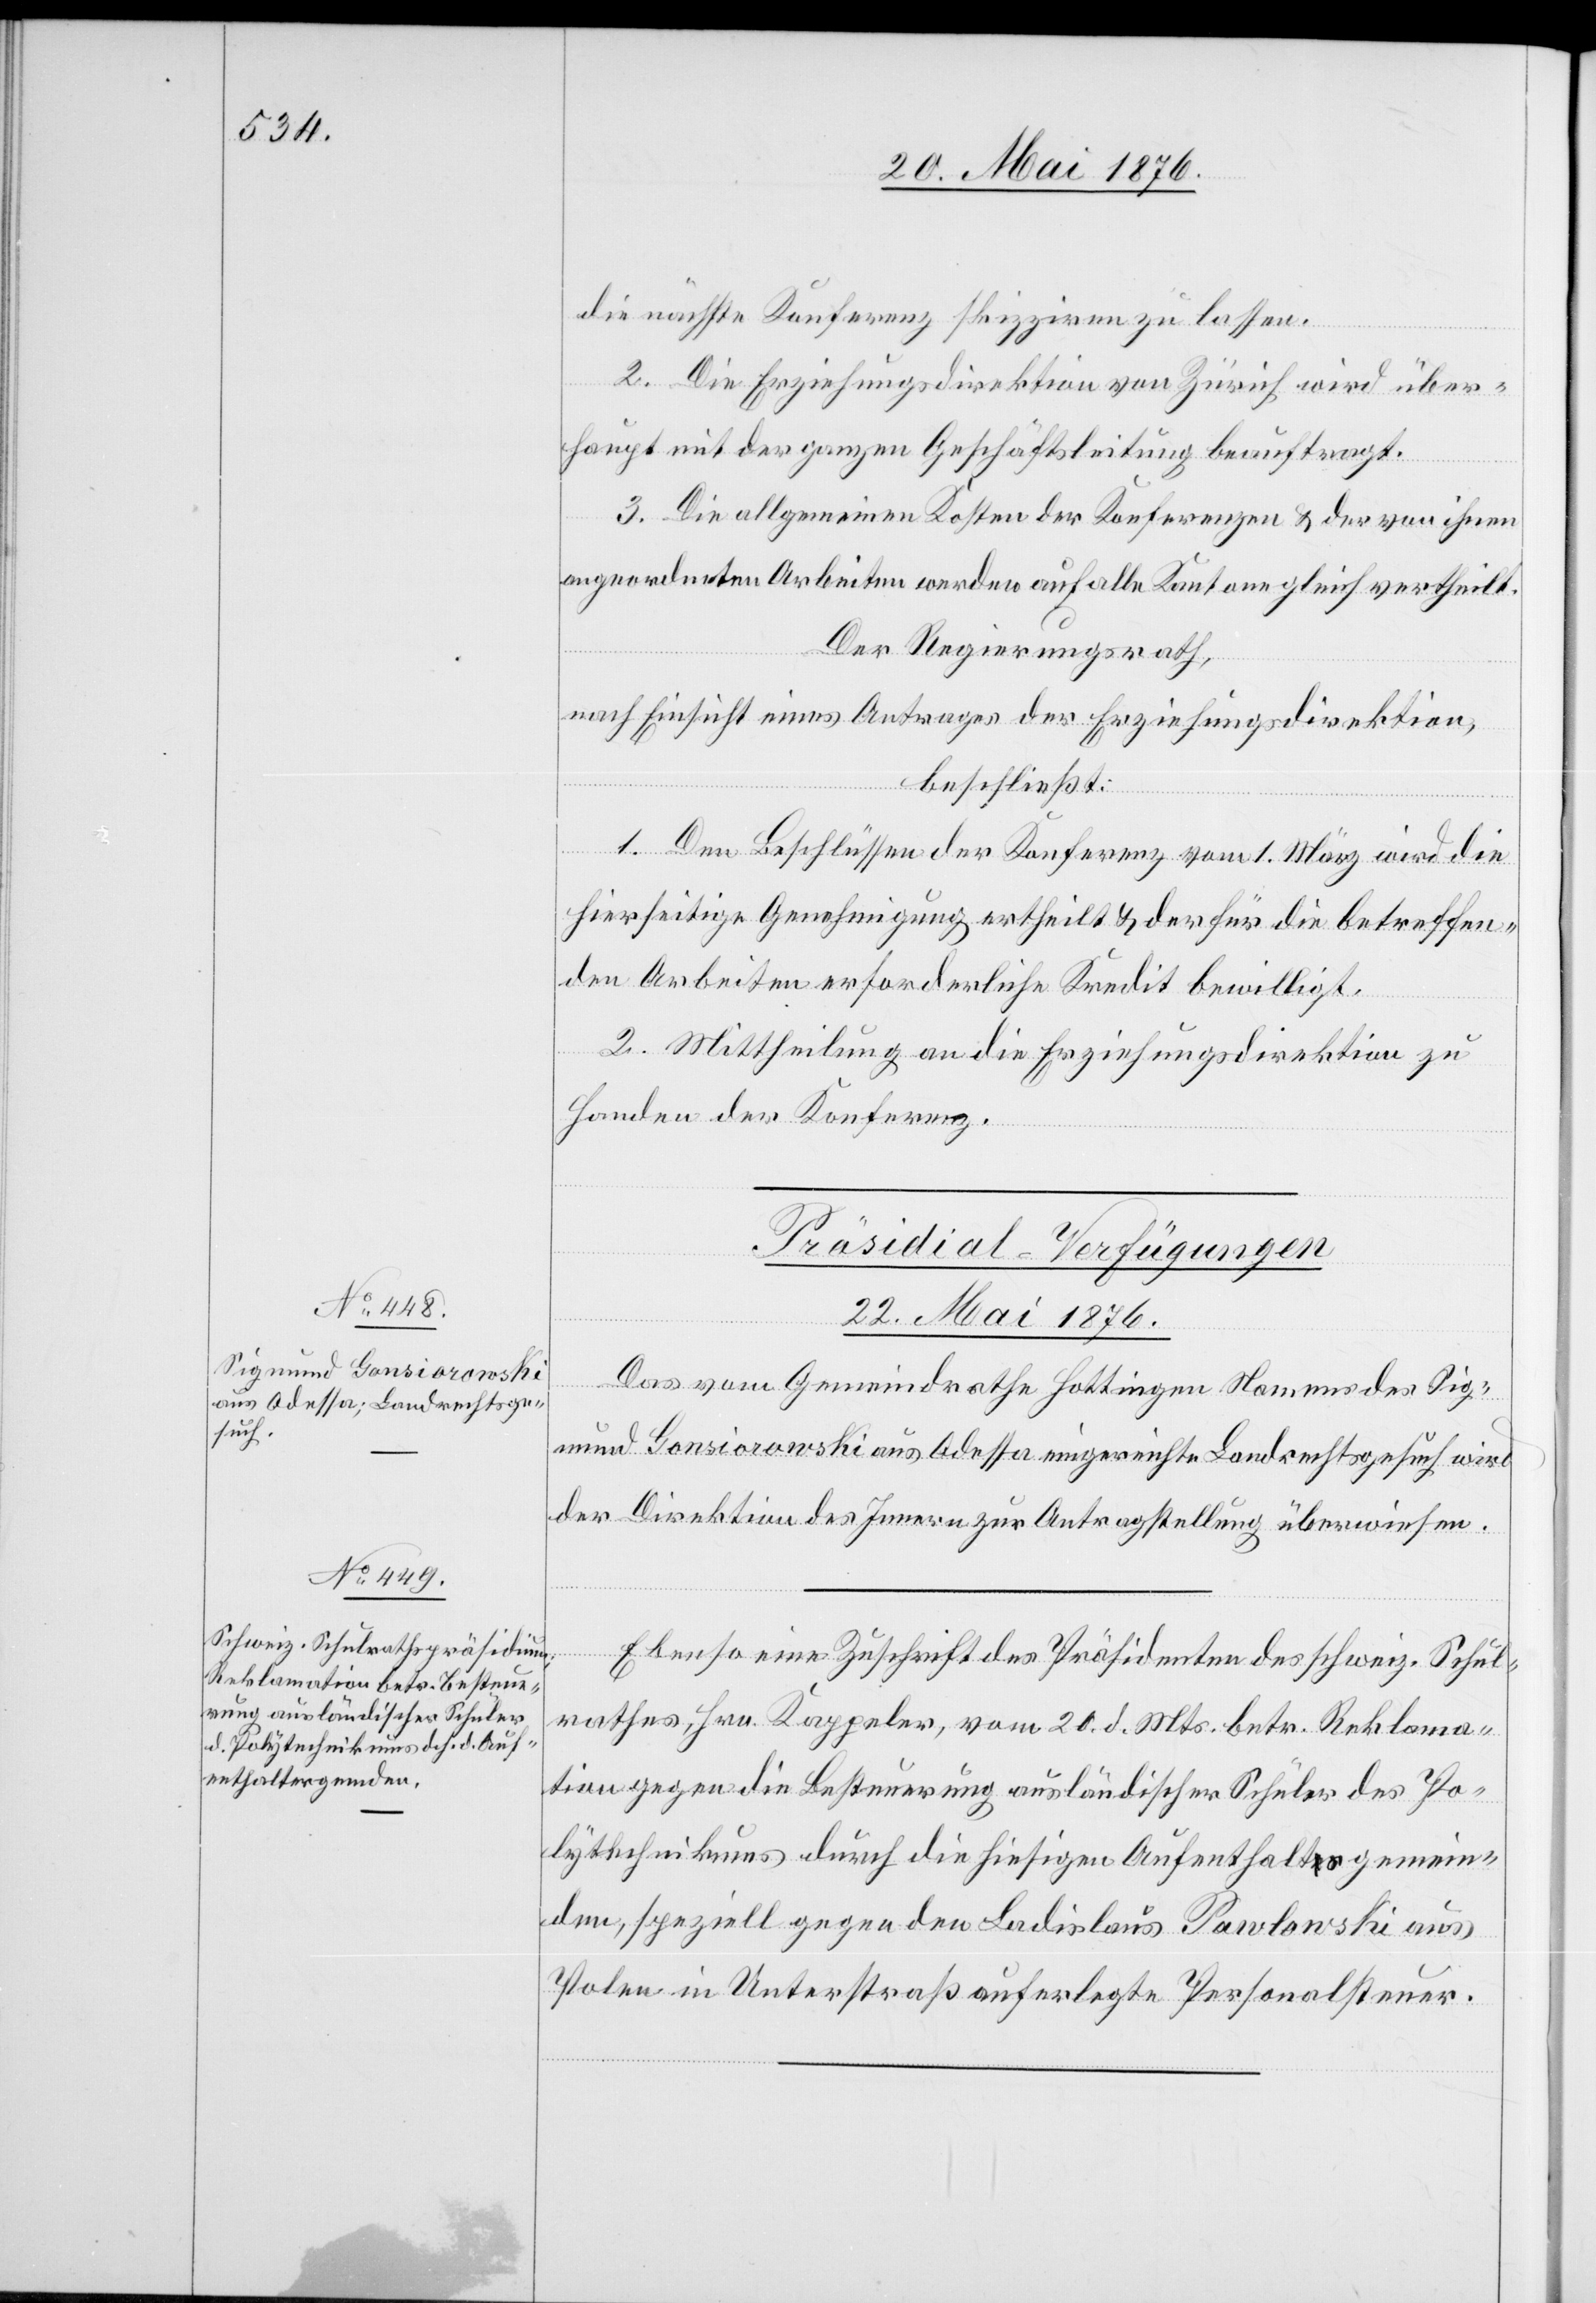
die nächste Konferenz skizziren zu lassen.
2. Die Erziehungsdirektion von Zürich wird über¬
haupt mit der ganzen Geschäftsleitung beauftragt.
[Fortsetzung
3. Die allgemeinen Kosten der Konferenzen & der von ihnen
angeordneten Arbeiten werden auf alle Kantone gleich vertheilt.
Der Regierungsrath,
nach Einsicht eines Antrages der Erziehungsdirektion,
beschließt:
1. Den Beschlüssen der Konferenz vom 1. März wird die
hierseitige Genehmigung ertheilt & der für die betreffen¬
den Arbeiten erforderliche Kredit bewilligt.
2. Mittheilung an die Erziehungsdirektion zu
Handen der Konferenz.
[Präsidial-Verfügungen
22. Mai 1876.]
Das vom Gemeindrathe Hottingen Namens des Sig¬
mund Gonsiorowski aus Odessa eingereichte Landrechtsgesuch wird
der Direktion des Innern zur Antragstellung überwiesen.
Ebenso eine Zuschrift des Präsidenten des schweiz. Schul¬
rathes, Hrn. Kappeler, vom 20. d. Mts. betr. Reklama¬
tion gegen die Besteuerung ausländischer Schüler des Po¬
lytechnikums durch die hiesigen Aufenthaltsgemein¬
den, speziell gegen den Ladislaus Pawlowski aus
Polen in Unterstraß auferlegte Personalsteuer.